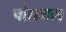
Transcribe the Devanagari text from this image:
पोतजल